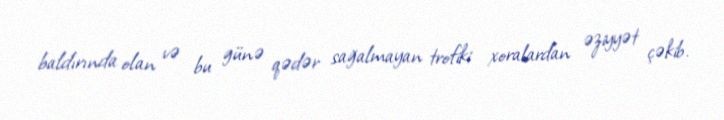
baldırında olan və bu günə qədər sağalmayan trofiki xoralardan əziyyət çəkib.